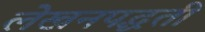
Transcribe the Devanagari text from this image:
लेखनपद्धती